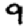
Digit: 9